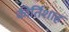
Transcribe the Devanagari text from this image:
कीर्तिशाह